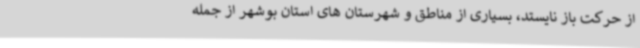
از حرکت باز نایستد، بسیاری از مناطق و شهرستان های استان بوشهر از جمله